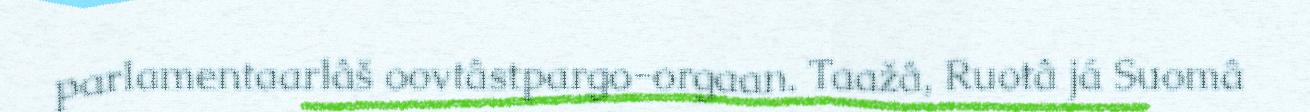
parlamentaarlâš oovtâstpargo-orgaan. Taažâ, Ruotâ já Suomâ